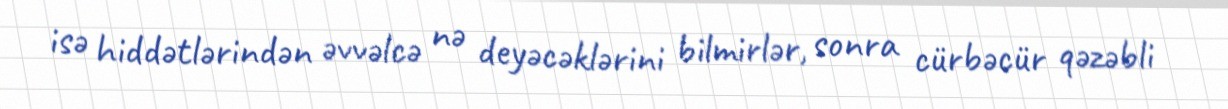
isə hiddətlərindən əvvəlcə nə deyəcəklərini bilmirlər, sonra cürbəcür qəzəbli